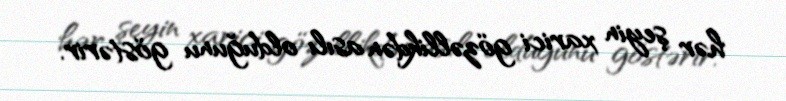
hər şeyin xarici gözəllikdən asılı olduğunu göstərir.